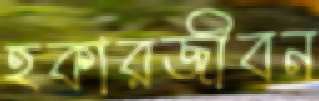
হকারজীবন